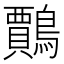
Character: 𪆲